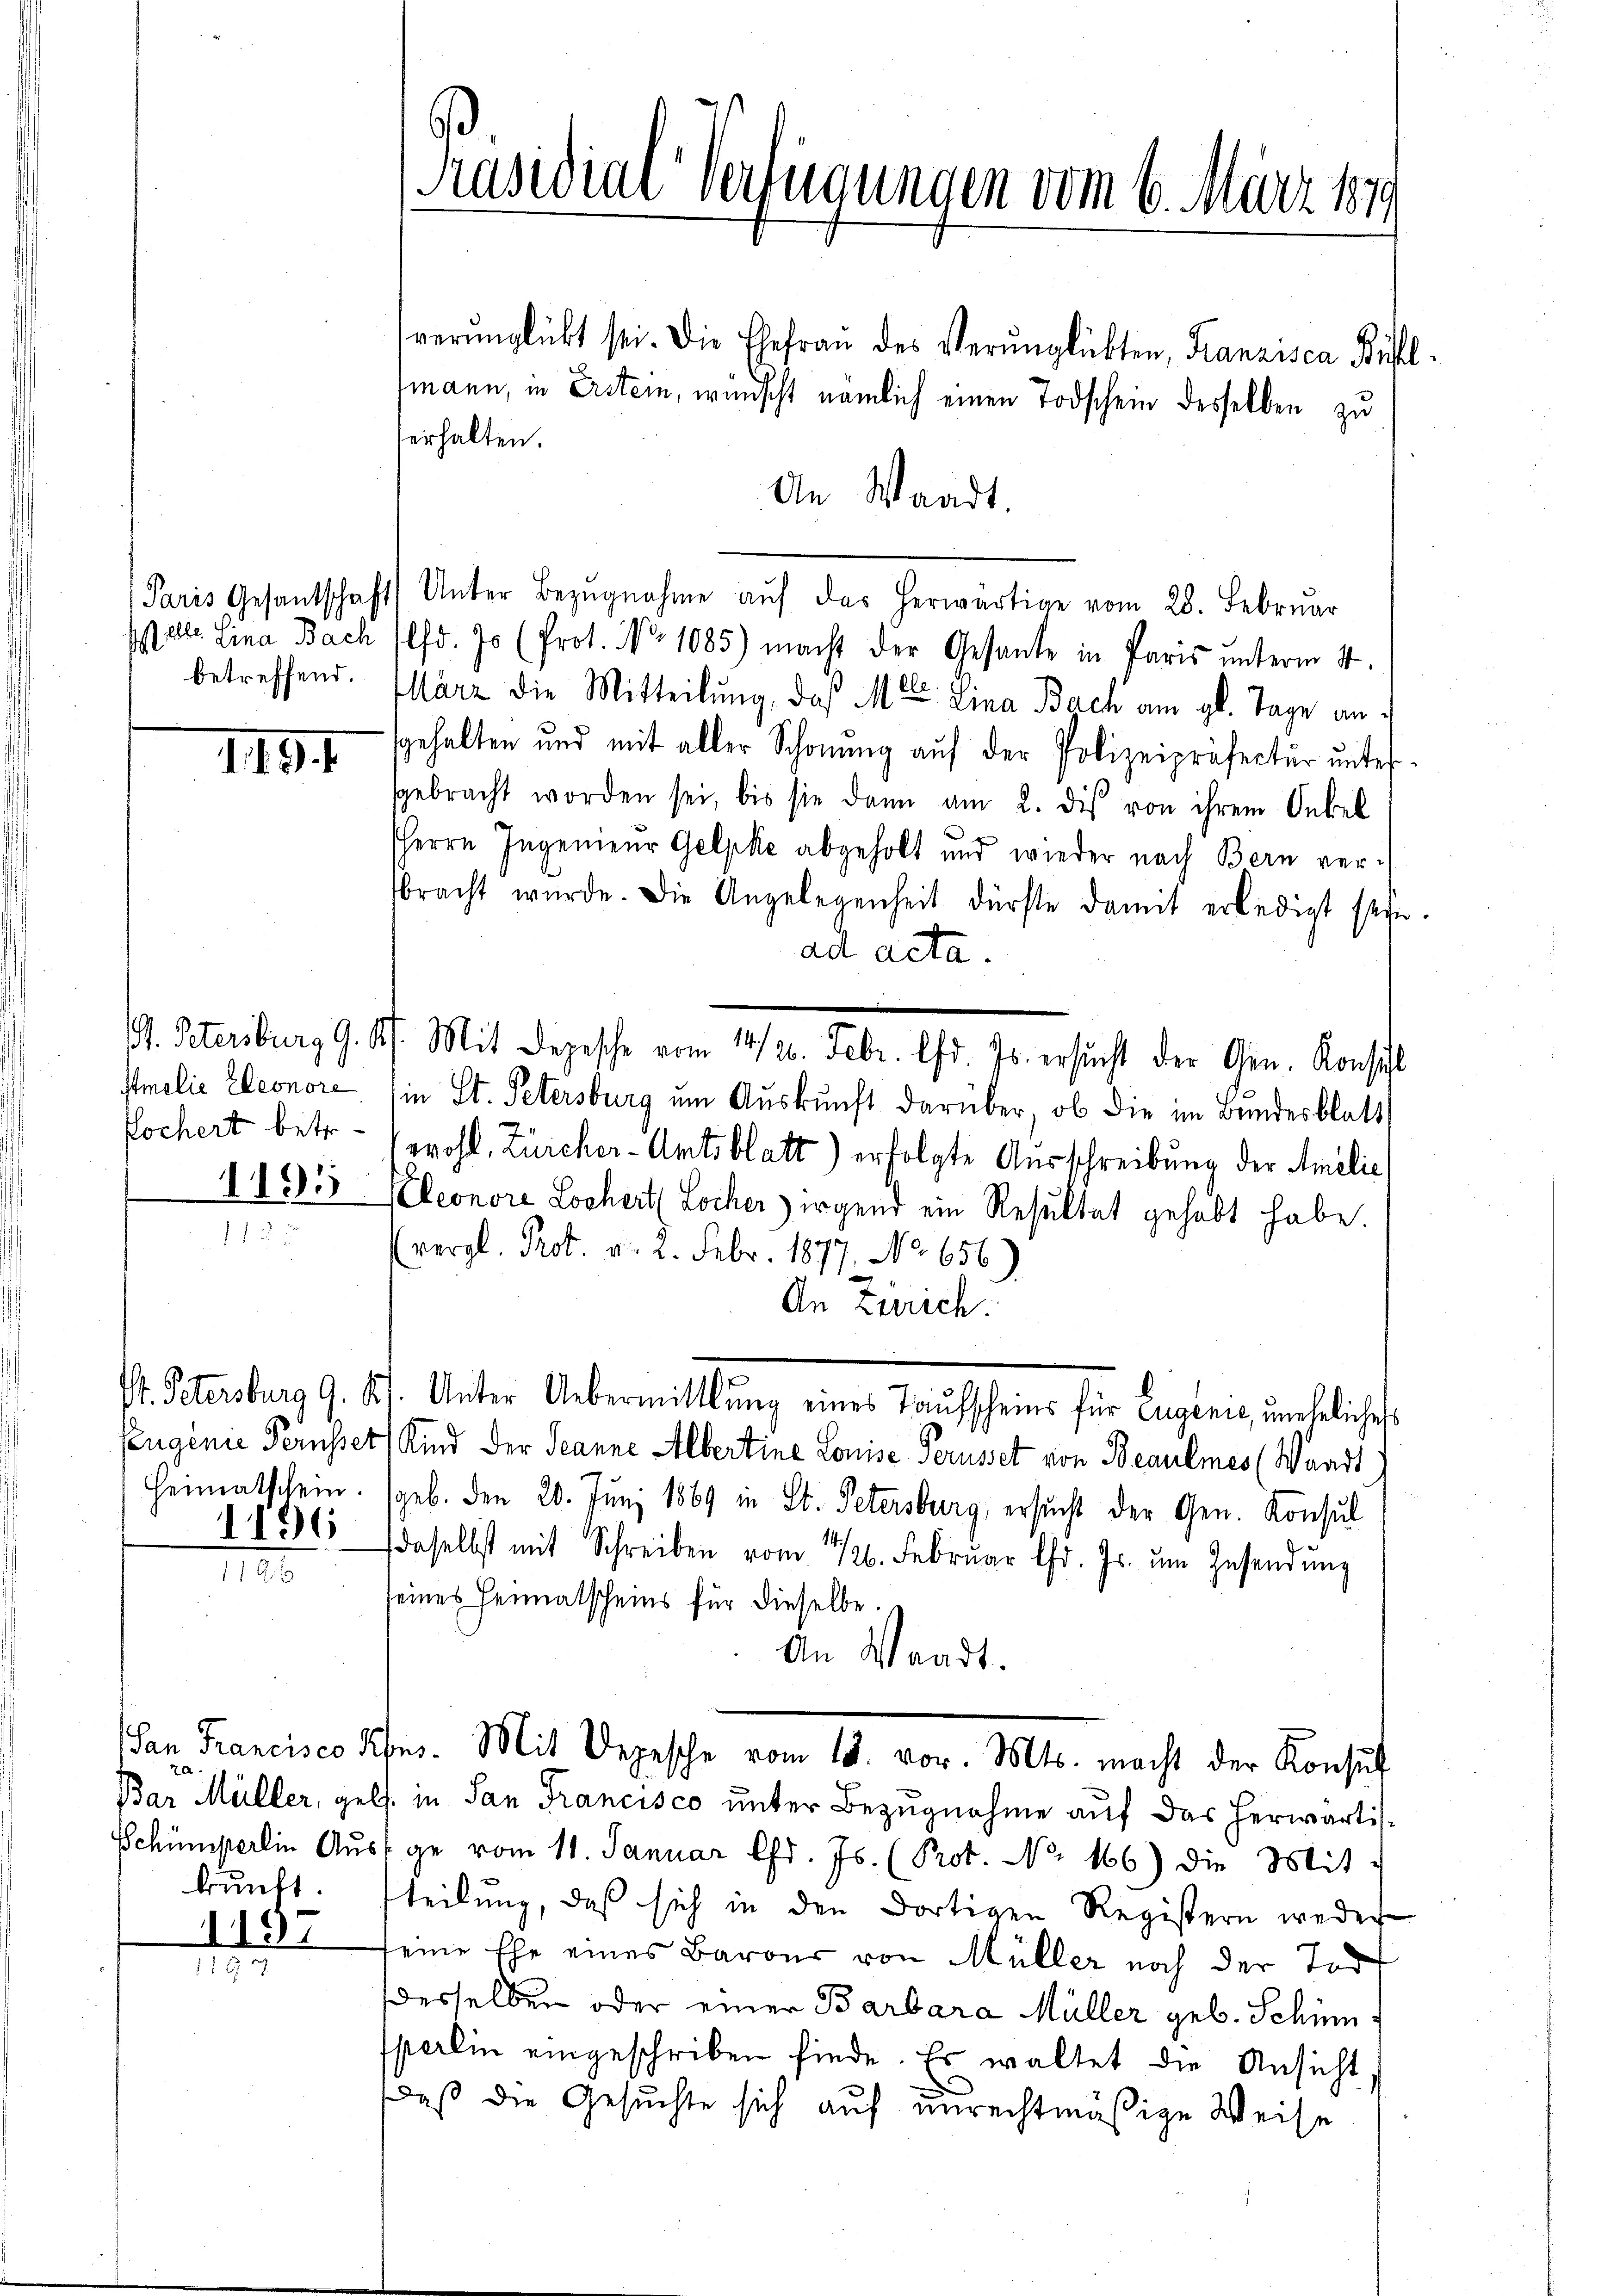
M alle Lina Bach
betreffend.

1491

Stmelić Eleonore
fochert betr.

1195

St. Petersburg 9.8.
fengenie Pernsset
Heimatschein.
1196

San Francisco K
a
Schümperlin Aus
kunft.

1197
9

Präsidial-Verfügungen vom 6. März 1879.

verunglückt sei. Die Ehefrau des Verŭnglükten, Franzisca Bühl
tmann, in Erstein, wünscht nämlich einen Todschein desselben zu
erhalten.
An Waadt.
Paris Gesantschaft Unter Bezŭgnahme aŭf das herwärtige vom 28. Februar
lfd. 70 (Prot. No 1085) macht der Gesante in Paris unterm 4.
März die Mitteilung, daß Meter Lina Bach am gl. Tage an d
sgehalten und mit aller Schonung aŭf der Polizeipräfectŭr ŭntersgebracht worden sei, bis sie dann am 2. des von ihrem Onkel
HHerrn Ingenieur Gelpke abgeholt und wieder nach Bern ver-
bracht wurde. Die Angelegenheit dürfte damit erledigt seyn.
ad acta.
. Petersburg G. K. Mit Depesche vom 14/2. Febr. lfd. Js. ersŭcht der Gen. Konsist
in St. Petersburg um Auskunft darüber, ob die im Bundesblatt
wohl, Zürcher-Amtsblatt) erfolgte Ausschreibung der Amilie
Eleonore Lochert, Locher irgend ein Resultat gehabt habe.
vergl. Prot. v. 2. Febr. 1877, No 656.)
An Zürich.
11. Unter Uebermittlung eines Taufscheins für Eugenie, unehelicher
) Kind der Jeanne Albertine Louise Perusset von Beaulmes (Waadt
geb. Den 20. Juni 1869 in St. Petersburg, ersucht der Gen. Konsul
daselbst mit Schreiben vom 1426. Febrŭar d. Js. ŭm Zŭsendŭng
seines Heimatscheins für dieselbe.
An Waadt.
ihm. Mit Depesche vom 18. vor. Mts. macht der Konsul
Bar Müller, geb. in San Francisco unter Bezugnahme auf das herwärtige vom 11. Januar d. Js. (Prot. No. 166) die Mit
fteilung, daß sich in den dortigen Registern weder
seine Ehe eines Barons von Müller noch der Tod
desselben oder einer Barbara Müller geb. Schümperlin eingeschriben finde. Es waltet die Ansicht
daß die Gesuchte sich auf unrechtmäßige Weise